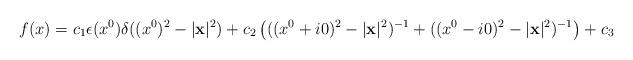
LaTeX: \begin{align*}f(x) = c_{1}\epsilon (x^{0}) \delta ((x^{0})^{2} - |{\bf x}|^{2}) + c_{2}\left( ((x^{0} + i0)^{2} - |{\bf x}|^{2})^{- 1} +((x^{0} - i0)^{2} - |{\bf x}|^{2})^{- 1} \right) + c_{3}\end{align*}